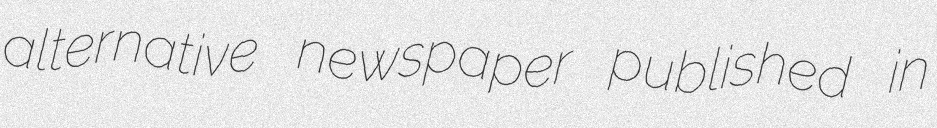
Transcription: alternative newspaper published in